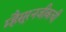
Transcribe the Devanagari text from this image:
म्हैसूरनजीकची